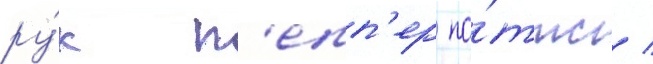
ру́к п'епп'ер по́ттс /